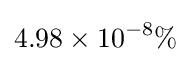
4.98\times 10^{-8}\%